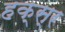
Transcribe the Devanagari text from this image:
हक्स्र